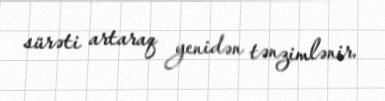
sürəti artaraq yenidən tənzimlənir.